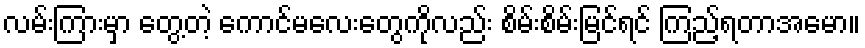
လမ်းကြားမှာ တွေ့တဲ့ ကောင်မလေးတွေကိုလည်း စိမ်းစိမ်းမြင်ရင် ကြည့်ရတာအမော။